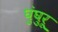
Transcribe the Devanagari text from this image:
घुंघुरू